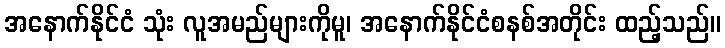
အနောက်နိုင်ငံ သုံး လူအမည်များကိုမူ၊ အနောက်နိုင်ငံစနစ်အတိုင်း ထည့်သည်။